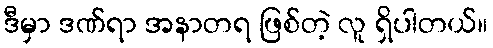
ဒီမှာ ဒဏ်ရာ အနာတရ ဖြစ်တဲ့ လူ ရှိပါတယ်။